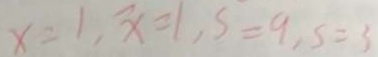
x = 1 , \overrightarrow { x } = 1 , s = 9 , s = 3